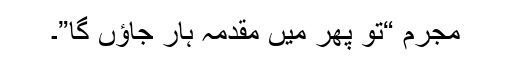
مجرم “تو پھر میں مقدمہ ہار جاؤں گا”۔